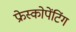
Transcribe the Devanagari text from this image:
फ्रेस्कोपेंटिंग